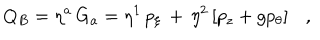
LaTeX: Q _ { B } = \eta ^ { a } \, G _ { a } = \eta ^ { 1 } \, p _ { \xi } \, + \, \eta ^ { 2 } \left[ p _ { z } + g p _ { \theta } \right] \ \ \ ,